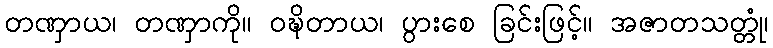
တဏှာယ၊ တဏှာကို။ ဝဍ္ဎိတာယ၊ ပွားစေ ခြင်းဖြင့်။ အဇာတသတ္တုံ၊